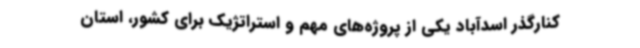
کنارگذر اسدآباد یکی از پروژه‌های مهم و استراتژیک برای کشور، استان